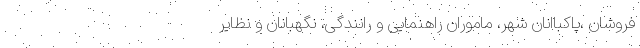
فروشان ،پاکباانان شهر، ماموران راهنمایی و رانندگی، نگهبانان و نظایر